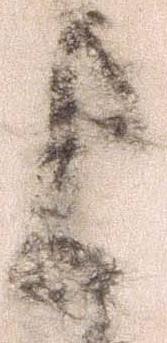
よ